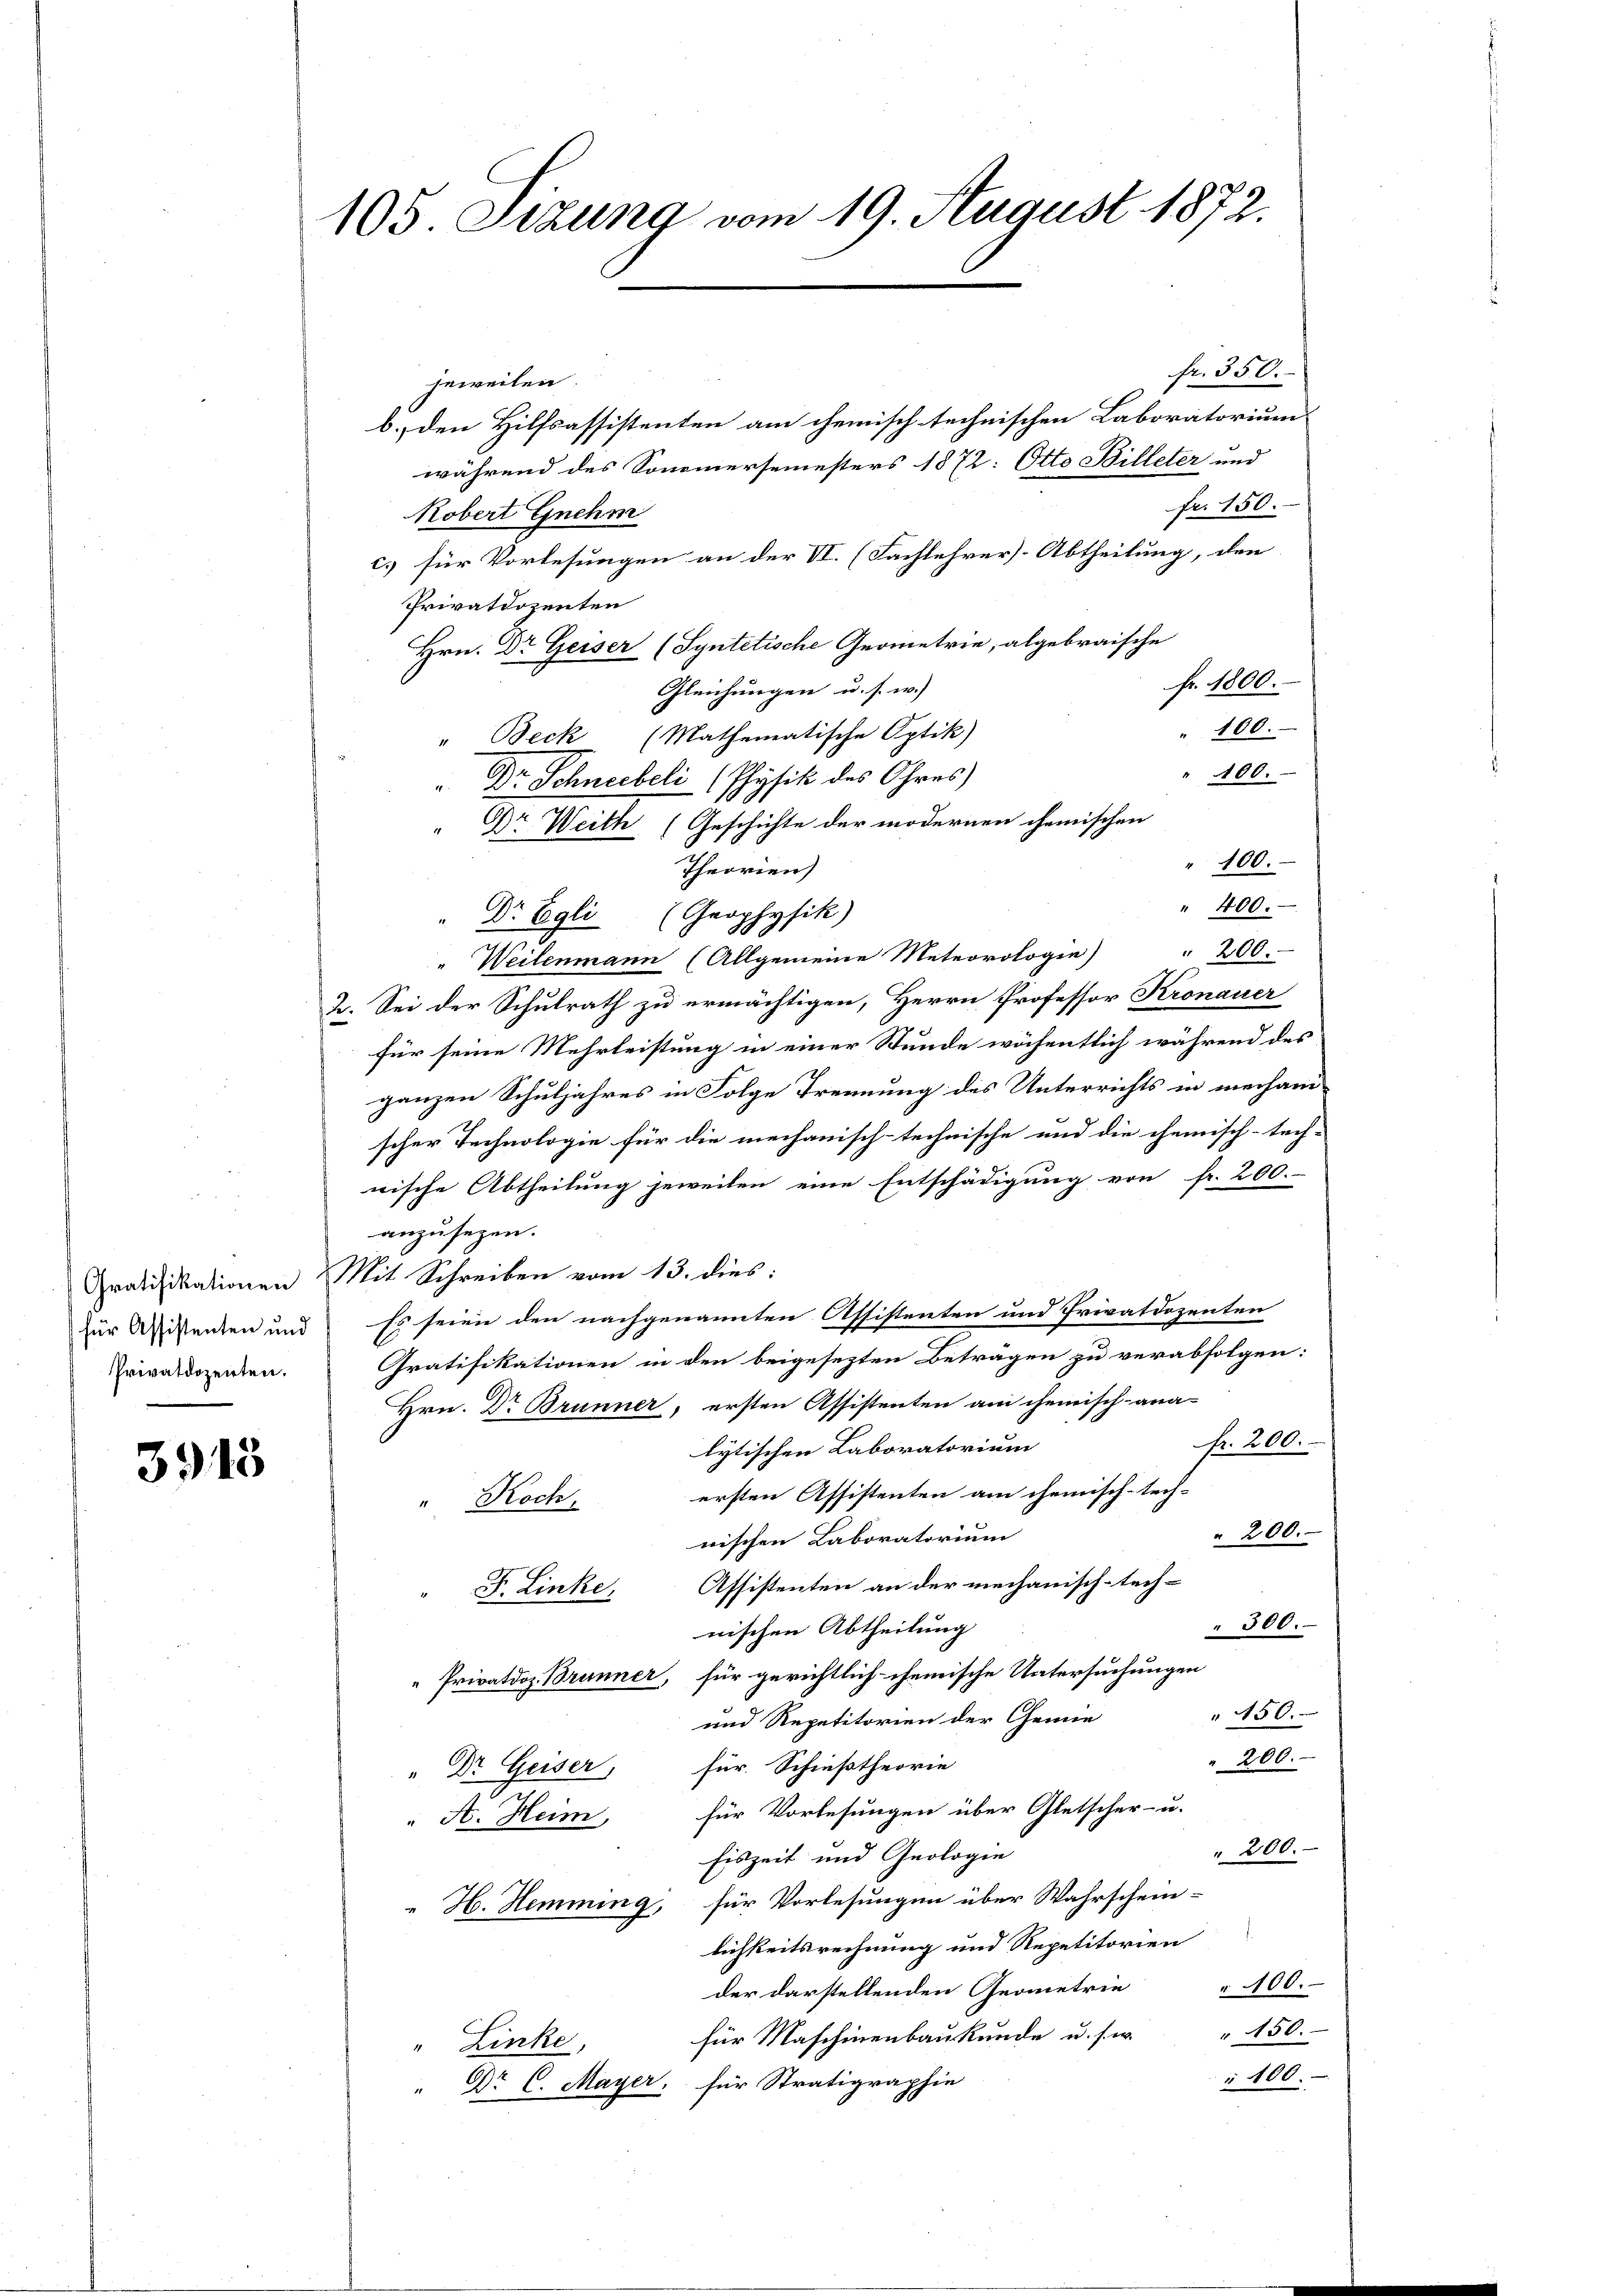
Privatdozenten.

3913

105 Sizung vom 19. August 1872.

fr. 350.
jeweilen.
b. den Hilfsassistenten am chemisch technischen Laboratorium
während des Sonnersemesters 1872: Otto Billeter und
fr. 150.
Robert Gnehm
c.) für Vorlesungen an der VI. (Fachlehrer-Abtheilung, den
Privatdozenten
Hrn. Dr Geiser (Syntetische Geometrie, abgebraische
fr. 1800.
Gleichungen u. s. w.)
" 100.
" Beck (Mathematische Optik)
100.
Dr Schneebeli (Physik des Ohres
Dr Weith (Geschichte der modernen chemischen
100.
Theorien)
" 400.
Dr Egli (Grophysik)
" 200.
" Weilenmann (Allgemeine Meteorologie
2. Sei der Schulrath zu ermächtigen, Herrn Professor Kronauer
für seine Mehrleistung in einer Stunde wöchentlich während des
ganzen Schuljahres in Folge Trennung des Unterrichts in mechani
scher Technologie für die mechanisch-technische und die chemisch-tech-
wische Abtheilung jeweilen eine Entschädigung von fr. 200.-
anzusezen.
Gratifikationen Mit Schreiben vom 13. dies:
zur Wissenten und so seien den nachgenannten Assistenten und Privatdozenten
Gratifikationen in den beigesezten Beträgen zu verabfolgen:
Hrn. Dr Brunner, ersten Assistenten am chemisch-ana¬
Nr. 200.
lytischen Laboratorium
ersten Assistenten am chemisch-tech-
Koch,
" 200.
nischen Laboratorium
F. Linke, Assistenten an der mechanisch-tech-
" 300.
nischen Abtheilung
Privatdoz. Brunner, für gerichtlich chemische Untersuchungen
450.
und Repetitorien der Chemie
" 200.
" Dr. Geiser, für Schiestheorie
für Vorlesungen über Gletscher- u.
 A. Heim,
" 200.
fiszeit und Geologie
H. Hemming, für Vorlesungen über Wahrschein-
lichkeitsrechnung und Repetitorien
der darstellenden Geometrie 100.
für Maschinenbaukunde u. s. w. " 150.
" Linke,
400.
Dr C. Mayer, für Stratigraphie